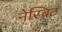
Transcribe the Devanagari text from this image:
नेस्बिट